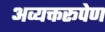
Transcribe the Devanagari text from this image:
अव्यक्तरूपेण